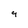
Character: 9